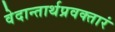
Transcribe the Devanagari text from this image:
वेदान्तार्थप्रवक्तारं